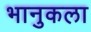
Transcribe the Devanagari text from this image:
भानुकला